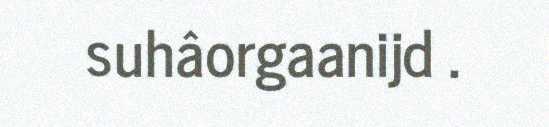
suhâorgaanijd .